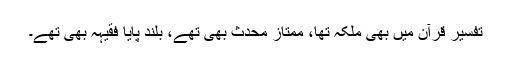
تفسیر قرآن میں بھی ملکہ تھا، ممتاز محدث بھی تھے، بلند پایا فقیہہ بھی تھے۔